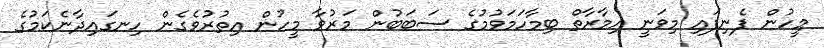
މީހުން ފެނިފައި މިވަނީ އިމާރާތް ބިމާހަމަވުމުގެ ސަބަބުން މަރުވާ މީހުން އިތުރުވެގެން ހިނގައިދާނެކަމުގެ